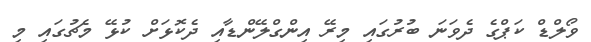
ވޯލްޑް ކަޕްގެ ދެވަނަ ބުރުގައި މިރޭ އިންގްލޭންޑާއި ދެކޮޅަށް ކުޅޭ މެޗުގައި މި